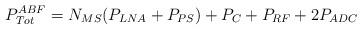
LaTeX: \begin{align*} P_{Tot}^{ABF} = N_{MS}(P_{LNA} + P_{PS}) + P_C + P_{RF} + 2P_{ADC} \end{align*}